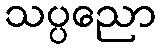
သပ္ပညော